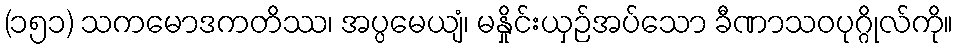
(၁၅၁) သကမောဒကတိဿ၊ အပ္ပမေယျံ၊ မနှိုင်းယှဉ်အပ်သော ခီဏာသဝပုဂ္ဂိုလ်ကို။